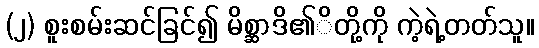
(၂) စူးစမ်းဆင်ခြင်၍ မိစ္ဆာဒိ၏ိတို့ကို ကဲ့ရဲ့တတ်သူ။